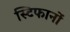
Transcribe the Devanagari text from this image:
स्टिफानों